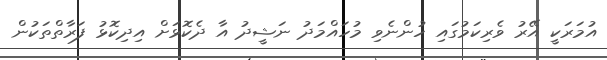
އުމަރަކީ އޭރު ވެރިކަމުގައި ހުންނެވި މުހައްމަދު ނަޝީދު އާ ދެކޮޅަށް އިދިކޮޅު ފަރާތްތަކުން